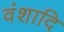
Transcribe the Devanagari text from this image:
वंशादि